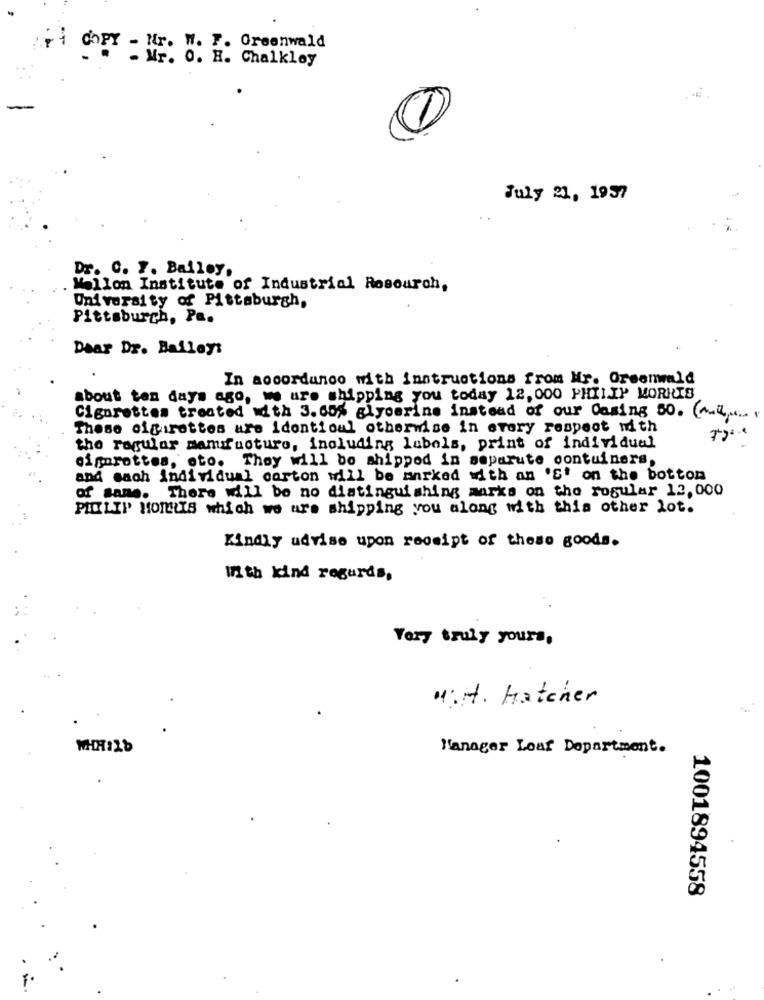
Ti COPY - Mr. W. F. Greenwald
- Mr. O. H. Chalkley
1
July 21, 1957
Dr. C. F. Bailey,
ellon Institute of Industrial Resouroh,
University of Pittsburgh,
Pittsburgh, Pa.
Dear Dr. Bailey:
In accordance with instructions from Mr. Greenwald
about ten days ago, we are shipping you today 12, 000 PHILIP MORRIS
Cigarettes treated with 3.60% glycerine instead of our Casing 50. (Aut .....
These cigarettes are identical otherwise in every respect with
the ragular mamifucture, including labels, print of individual
cigarettes, sto. They will be shipped in separate containers,
and sach individual carton will be marked with an 'S' on the bottom
of same. There will be no distinguishing marks on the rogular 12,000
PHILIP HOLLIS which we are shipping you along with this other lot.
Kindly udvise upon receipt of these goods.
With kind regards,
Very truly yours,
Mirt. Hatcher
WHHILD
Manager Loaf Department.
1001894558